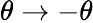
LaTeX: \theta\rightarrow-\theta